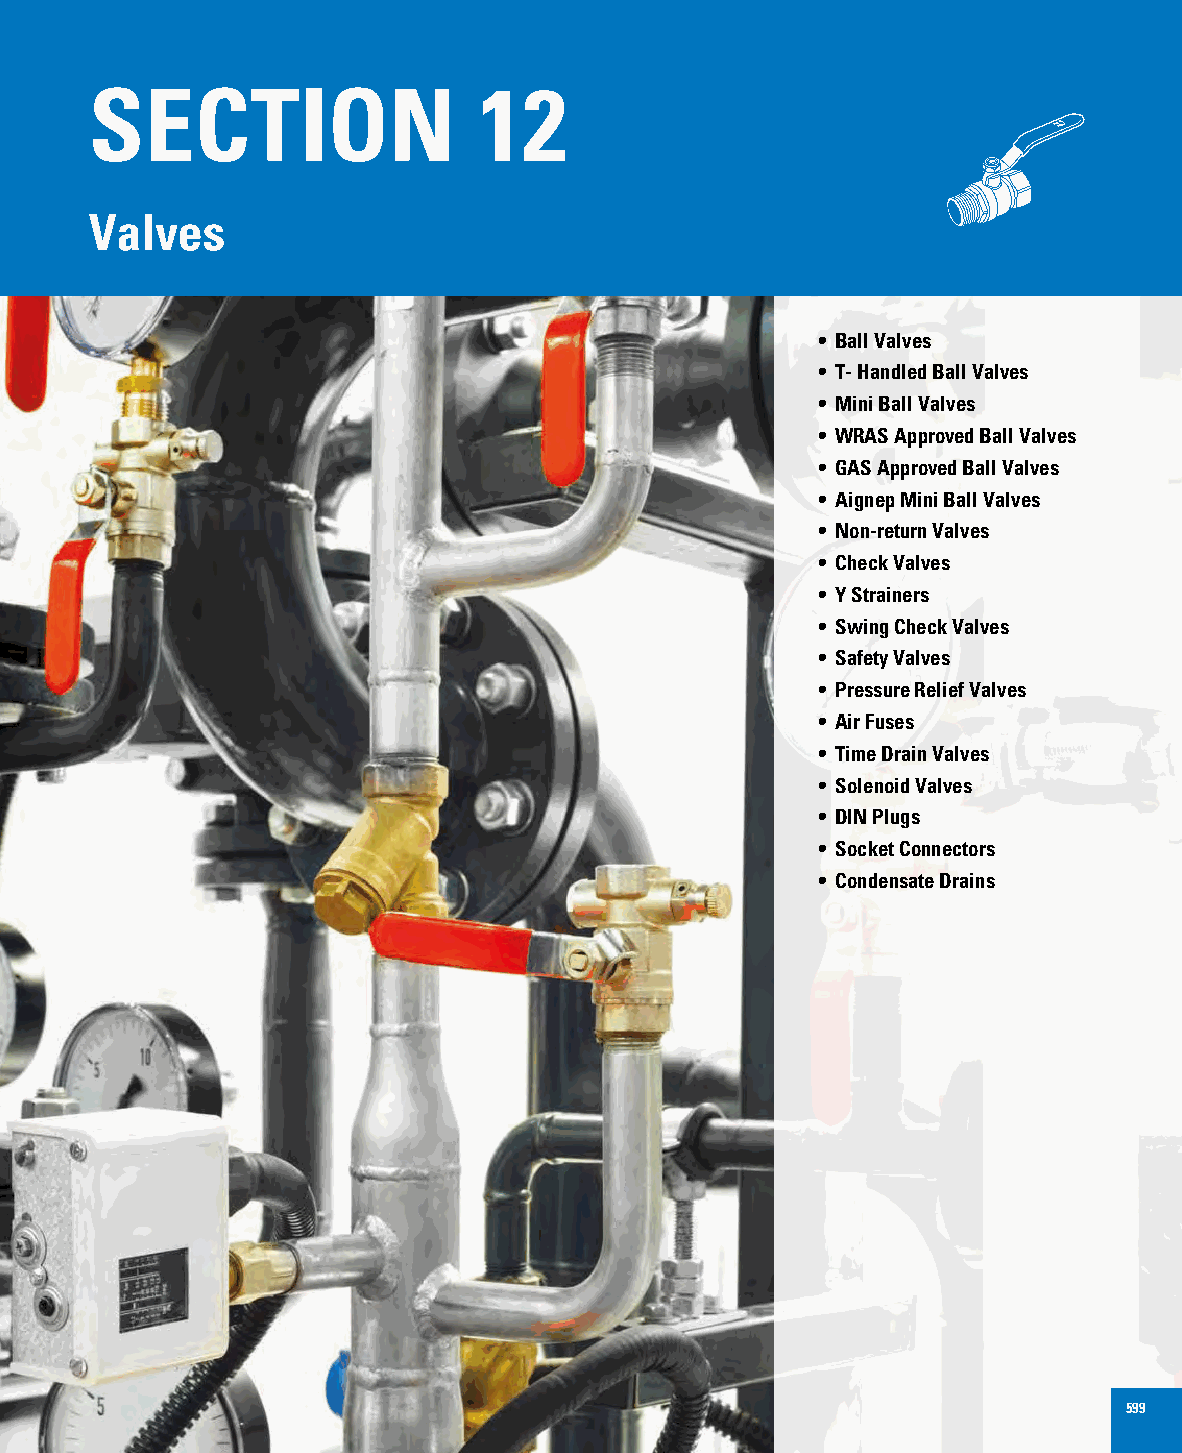
SECTION                   12
 ONOFF
 Valves
 • Ball Valves
 • T- Handled Ball Valves
 • Mini Ball Valves
 • WRAS Approved Ball Valves
 • GAS Approved Ball Valves
 • Aignep Mini Ball Valves
 • Non-return Valves
 • Check Valves
 • Y Strainers
 • Swing Check Valves
 • Safety Valves
 • Pressure Relief Valves
 • Air Fuses
 • Time Drain Valves
 • Solenoid Valves
 • DIN Plugs
 • Socket Connectors
 • Condensate Drains
 599